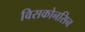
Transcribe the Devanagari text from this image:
विसकोनसिन